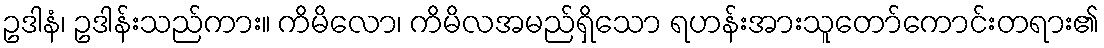
ဥဒါနံ၊ ဥဒါန်းသည်ကား။ ကိမိလော၊ ကိမိလအမည်ရှိသော ရဟန်းအားသူတော်ကောင်းတရား၏